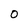
Character: 0